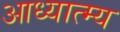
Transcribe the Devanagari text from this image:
आध्यात्म्य